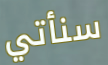
سنأتي